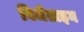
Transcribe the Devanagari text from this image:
बिजेंताइन